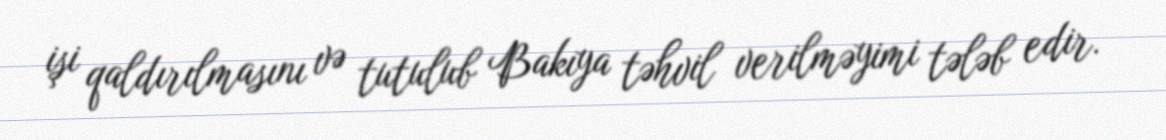
işi qaldırılmasını və tutulub Bakıya təhvil verilməyimi tələb edir.